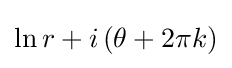
\ln r+i\left(\theta +2\pi k\right)